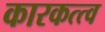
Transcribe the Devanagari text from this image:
कारकत्त्व